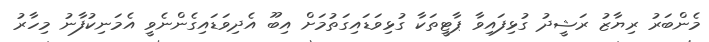
މެންބަރު ރިޔާޒު ރަޝީދު ގުޅިފައިވާ ޕާޓީތަކާ ގުޅިވަޑައިގަތުމަށް އިބޫ އެދިވަޑައިގެންނެވީ އެމަނިކުފާނު މިހާރު